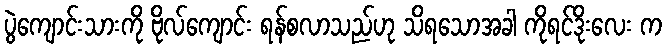
ပွဲကျောင်းသားကို ဗိုလ်ကျောင်း ရန်စလာသည်ဟု သိရသောအခါ ကိုရင်ဒိုးလေး က